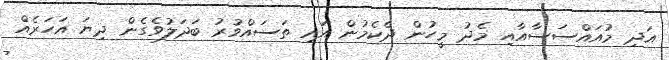
އަދި މުއައްސަސާއާއި މެދު މީހުން ދެކެމުން އައި ތަސައްވުރު ބަދަލުވެގެން ދިޔަ އަހަރެއް